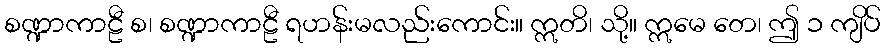
စဏ္ဍာကာဠီ စ၊ စဏ္ဍာကာဠီ ရဟန်းမလည်းကောင်း။ ဣတိ၊ သို့။ ဣမေ တေ၊ ဤ ၁ ကျိပ်